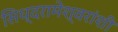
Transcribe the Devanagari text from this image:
सिध्दरामेश्वरांशी